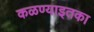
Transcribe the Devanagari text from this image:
कळण्याइतका